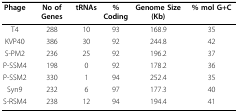
<table><thead><tr><td><b>Phage</b></td><td><b>No of Genes</b></td><td><b>tRNAs</b></td><td><b>%Coding</b></td><td><b>Genome Size (Kb)</b></td><td><b>% mol G+C</b></td></tr></thead><tbody><tr><td>T4</td><td>288</td><td>10</td><td>93</td><td>168.9</td><td>35</td></tr><tr><td>KVP40</td><td>386</td><td>30</td><td>92</td><td>244.8</td><td>42</td></tr><tr><td>S-PM2</td><td>236</td><td>25</td><td>92</td><td>196.2</td><td>37</td></tr><tr><td>P-SSM4</td><td>198</td><td>0</td><td>92</td><td>178.2</td><td>36</td></tr><tr><td>P-SSM2</td><td>330</td><td>1</td><td>94</td><td>252.4</td><td>35</td></tr><tr><td>Syn9</td><td>232</td><td>6</td><td>97</td><td>177.3</td><td>40</td></tr><tr><td>S-RSM4</td><td>238</td><td>12</td><td>94</td><td>194.4</td><td>41</td></tr></tbody></table>